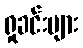
ရှုခင်းများ